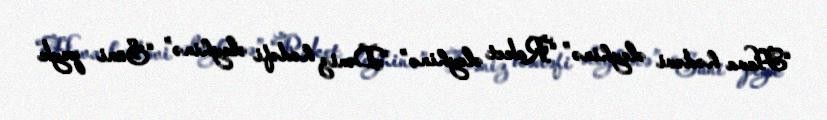
“Hava hədəvi əleyhinə” “Raket əleyhinə” “Dəniz hədəfi əleyhinə” “Süni peyk